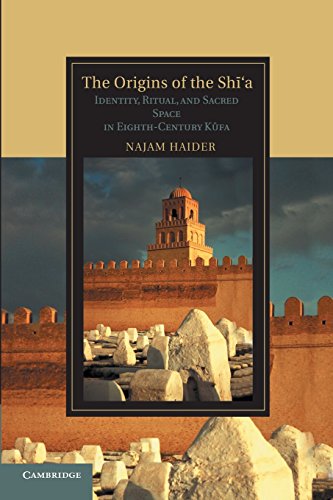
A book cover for The Origins of the ShÄ«'a: Identity, Ritual, and Sacred Space in Eighth-Century KÅ«fa (Cambridge Studies in Islamic Civilization); Professor Najam Haider; History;